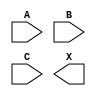
module sky130_fd_sc_ms__or3 (
    //# {{data|Data Signals}}
    input  A,
    input  B,
    input  C,
    output X
);

    // Voltage supply signals
    supply1 VPWR;
    supply0 VGND;
    supply1 VPB ;
    supply0 VNB ;

endmodule